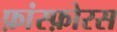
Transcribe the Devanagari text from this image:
फ़ांस्फ़ोरस